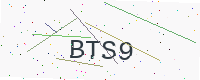
Text: BTS9